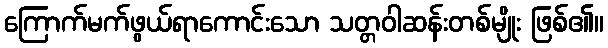
ကြောက်မက်ဖွယ်ရာကောင်းသော သတ္တဝါဆန်းတစ်မျိုး ဖြစ်၏။